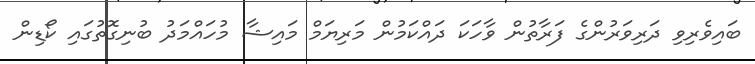
ބައިވެރިވި ދަރިވަރުންގެ ފަރާތުން ވާހަކަ ދައްކަމުން މަރިޔަމް މައިޝާ މުހައްމަދު ބުނިގޮތުގައި ކޯޑިން